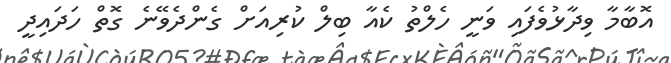
އޮބާމާ ވިދާޅުވެފައި ވަނީ ހެލްތު ކެއާ ބިލް ކުރިއަށް ގެންދެވޭނެ ގޮތް ހަދައިދީ